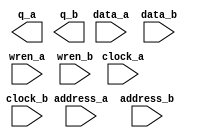
// megafunction wizard: %RAM: 2-PORT%VBB%
// GENERATION: STANDARD
// VERSION: WM1.0
// MODULE: altsyncram 

// ============================================================
// Megafunction Name(s):
// 			altsyncram
//
// Simulation Library Files(s):
// 			altera_mf
// ============================================================
// ************************************************************
// THIS IS A WIZARD-GENERATED FILE. DO NOT EDIT THIS FILE!
//
// 20.1.1 Build 720 11/11/2020 SJ Standard Edition
// ************************************************************

//Copyright (C) 2020  Intel Corporation. All rights reserved.
//Your use of Intel Corporation's design tools, logic functions 
//and other software and tools, and any partner logic 
//functions, and any output files from any of the foregoing 
//(including device programming or simulation files), and any 
//associated documentation or information are expressly subject 
//to the terms and conditions of the Intel Program License 
//Subscription Agreement, the Intel Quartus Prime License Agreement,
//the Intel FPGA IP License Agreement, or other applicable license
//agreement, including, without limitation, that your use is for
//the sole purpose of programming logic devices manufactured by
//Intel and sold by Intel or its authorized distributors.  Please
//refer to the applicable agreement for further details, at
//https://fpgasoftware.intel.com/eula.

module Mem_card_APF (
	address_a,
	address_b,
	clock_a,
	clock_b,
	data_a,
	data_b,
	wren_a,
	wren_b,
	q_a,
	q_b);

	input	[10:0]  address_a;
	input	[10:0]  address_b;
	input	  clock_a;
	input	  clock_b;
	input	[7:0]  data_a;
	input	[7:0]  data_b;
	input	  wren_a;
	input	  wren_b;
	output	[7:0]  q_a;
	output	[7:0]  q_b;
`ifndef ALTERA_RESERVED_QIS
// synopsys translate_off
`endif
	tri1	  clock_a;
	tri0	  wren_a;
	tri0	  wren_b;
`ifndef ALTERA_RESERVED_QIS
// synopsys translate_on
`endif

endmodule

// ============================================================
// CNX file retrieval info
// ============================================================
// Retrieval info: PRIVATE: ADDRESSSTALL_A NUMERIC "0"
// Retrieval info: PRIVATE: ADDRESSSTALL_B NUMERIC "0"
// Retrieval info: PRIVATE: BYTEENA_ACLR_A NUMERIC "0"
// Retrieval info: PRIVATE: BYTEENA_ACLR_B NUMERIC "0"
// Retrieval info: PRIVATE: BYTE_ENABLE_A NUMERIC "0"
// Retrieval info: PRIVATE: BYTE_ENABLE_B NUMERIC "0"
// Retrieval info: PRIVATE: BYTE_SIZE NUMERIC "8"
// Retrieval info: PRIVATE: BlankMemory NUMERIC "1"
// Retrieval info: PRIVATE: CLOCK_ENABLE_INPUT_A NUMERIC "0"
// Retrieval info: PRIVATE: CLOCK_ENABLE_INPUT_B NUMERIC "0"
// Retrieval info: PRIVATE: CLOCK_ENABLE_OUTPUT_A NUMERIC "0"
// Retrieval info: PRIVATE: CLOCK_ENABLE_OUTPUT_B NUMERIC "0"
// Retrieval info: PRIVATE: CLRdata NUMERIC "0"
// Retrieval info: PRIVATE: CLRq NUMERIC "0"
// Retrieval info: PRIVATE: CLRrdaddress NUMERIC "0"
// Retrieval info: PRIVATE: CLRrren NUMERIC "0"
// Retrieval info: PRIVATE: CLRwraddress NUMERIC "0"
// Retrieval info: PRIVATE: CLRwren NUMERIC "0"
// Retrieval info: PRIVATE: Clock NUMERIC "5"
// Retrieval info: PRIVATE: Clock_A NUMERIC "0"
// Retrieval info: PRIVATE: Clock_B NUMERIC "0"
// Retrieval info: PRIVATE: IMPLEMENT_IN_LES NUMERIC "0"
// Retrieval info: PRIVATE: INDATA_ACLR_B NUMERIC "0"
// Retrieval info: PRIVATE: INDATA_REG_B NUMERIC "1"
// Retrieval info: PRIVATE: INIT_FILE_LAYOUT STRING "PORT_A"
// Retrieval info: PRIVATE: INIT_TO_SIM_X NUMERIC "0"
// Retrieval info: PRIVATE: INTENDED_DEVICE_FAMILY STRING "Cyclone V"
// Retrieval info: PRIVATE: JTAG_ENABLED NUMERIC "0"
// Retrieval info: PRIVATE: JTAG_ID STRING "NONE"
// Retrieval info: PRIVATE: MAXIMUM_DEPTH NUMERIC "0"
// Retrieval info: PRIVATE: MEMSIZE NUMERIC "16384"
// Retrieval info: PRIVATE: MEM_IN_BITS NUMERIC "0"
// Retrieval info: PRIVATE: MIFfilename STRING ""
// Retrieval info: PRIVATE: OPERATION_MODE NUMERIC "3"
// Retrieval info: PRIVATE: OUTDATA_ACLR_B NUMERIC "0"
// Retrieval info: PRIVATE: OUTDATA_REG_B NUMERIC "0"
// Retrieval info: PRIVATE: RAM_BLOCK_TYPE NUMERIC "0"
// Retrieval info: PRIVATE: READ_DURING_WRITE_MODE_MIXED_PORTS NUMERIC "2"
// Retrieval info: PRIVATE: READ_DURING_WRITE_MODE_PORT_A NUMERIC "3"
// Retrieval info: PRIVATE: READ_DURING_WRITE_MODE_PORT_B NUMERIC "3"
// Retrieval info: PRIVATE: REGdata NUMERIC "1"
// Retrieval info: PRIVATE: REGq NUMERIC "0"
// Retrieval info: PRIVATE: REGrdaddress NUMERIC "0"
// Retrieval info: PRIVATE: REGrren NUMERIC "0"
// Retrieval info: PRIVATE: REGwraddress NUMERIC "1"
// Retrieval info: PRIVATE: REGwren NUMERIC "1"
// Retrieval info: PRIVATE: SYNTH_WRAPPER_GEN_POSTFIX STRING "0"
// Retrieval info: PRIVATE: USE_DIFF_CLKEN NUMERIC "0"
// Retrieval info: PRIVATE: UseDPRAM NUMERIC "1"
// Retrieval info: PRIVATE: VarWidth NUMERIC "1"
// Retrieval info: PRIVATE: WIDTH_READ_A NUMERIC "8"
// Retrieval info: PRIVATE: WIDTH_READ_B NUMERIC "8"
// Retrieval info: PRIVATE: WIDTH_WRITE_A NUMERIC "8"
// Retrieval info: PRIVATE: WIDTH_WRITE_B NUMERIC "8"
// Retrieval info: PRIVATE: WRADDR_ACLR_B NUMERIC "0"
// Retrieval info: PRIVATE: WRADDR_REG_B NUMERIC "1"
// Retrieval info: PRIVATE: WRCTRL_ACLR_B NUMERIC "0"
// Retrieval info: PRIVATE: enable NUMERIC "0"
// Retrieval info: PRIVATE: rden NUMERIC "0"
// Retrieval info: LIBRARY: altera_mf altera_mf.altera_mf_components.all
// Retrieval info: CONSTANT: ADDRESS_REG_B STRING "CLOCK1"
// Retrieval info: CONSTANT: CLOCK_ENABLE_INPUT_A STRING "BYPASS"
// Retrieval info: CONSTANT: CLOCK_ENABLE_INPUT_B STRING "BYPASS"
// Retrieval info: CONSTANT: CLOCK_ENABLE_OUTPUT_A STRING "BYPASS"
// Retrieval info: CONSTANT: CLOCK_ENABLE_OUTPUT_B STRING "BYPASS"
// Retrieval info: CONSTANT: INDATA_REG_B STRING "CLOCK1"
// Retrieval info: CONSTANT: INTENDED_DEVICE_FAMILY STRING "Cyclone V"
// Retrieval info: CONSTANT: LPM_TYPE STRING "altsyncram"
// Retrieval info: CONSTANT: NUMWORDS_A NUMERIC "2048"
// Retrieval info: CONSTANT: NUMWORDS_B NUMERIC "2048"
// Retrieval info: CONSTANT: OPERATION_MODE STRING "BIDIR_DUAL_PORT"
// Retrieval info: CONSTANT: OUTDATA_ACLR_A STRING "NONE"
// Retrieval info: CONSTANT: OUTDATA_ACLR_B STRING "NONE"
// Retrieval info: CONSTANT: OUTDATA_REG_A STRING "UNREGISTERED"
// Retrieval info: CONSTANT: OUTDATA_REG_B STRING "UNREGISTERED"
// Retrieval info: CONSTANT: POWER_UP_UNINITIALIZED STRING "FALSE"
// Retrieval info: CONSTANT: READ_DURING_WRITE_MODE_PORT_A STRING "NEW_DATA_NO_NBE_READ"
// Retrieval info: CONSTANT: READ_DURING_WRITE_MODE_PORT_B STRING "NEW_DATA_NO_NBE_READ"
// Retrieval info: CONSTANT: WIDTHAD_A NUMERIC "11"
// Retrieval info: CONSTANT: WIDTHAD_B NUMERIC "11"
// Retrieval info: CONSTANT: WIDTH_A NUMERIC "8"
// Retrieval info: CONSTANT: WIDTH_B NUMERIC "8"
// Retrieval info: CONSTANT: WIDTH_BYTEENA_A NUMERIC "1"
// Retrieval info: CONSTANT: WIDTH_BYTEENA_B NUMERIC "1"
// Retrieval info: CONSTANT: WRCONTROL_WRADDRESS_REG_B STRING "CLOCK1"
// Retrieval info: USED_PORT: address_a 0 0 11 0 INPUT NODEFVAL "address_a[10..0]"
// Retrieval info: USED_PORT: address_b 0 0 11 0 INPUT NODEFVAL "address_b[10..0]"
// Retrieval info: USED_PORT: clock_a 0 0 0 0 INPUT VCC "clock_a"
// Retrieval info: USED_PORT: clock_b 0 0 0 0 INPUT NODEFVAL "clock_b"
// Retrieval info: USED_PORT: data_a 0 0 8 0 INPUT NODEFVAL "data_a[7..0]"
// Retrieval info: USED_PORT: data_b 0 0 8 0 INPUT NODEFVAL "data_b[7..0]"
// Retrieval info: USED_PORT: q_a 0 0 8 0 OUTPUT NODEFVAL "q_a[7..0]"
// Retrieval info: USED_PORT: q_b 0 0 8 0 OUTPUT NODEFVAL "q_b[7..0]"
// Retrieval info: USED_PORT: wren_a 0 0 0 0 INPUT GND "wren_a"
// Retrieval info: USED_PORT: wren_b 0 0 0 0 INPUT GND "wren_b"
// Retrieval info: CONNECT: @address_a 0 0 11 0 address_a 0 0 11 0
// Retrieval info: CONNECT: @address_b 0 0 11 0 address_b 0 0 11 0
// Retrieval info: CONNECT: @clock0 0 0 0 0 clock_a 0 0 0 0
// Retrieval info: CONNECT: @clock1 0 0 0 0 clock_b 0 0 0 0
// Retrieval info: CONNECT: @data_a 0 0 8 0 data_a 0 0 8 0
// Retrieval info: CONNECT: @data_b 0 0 8 0 data_b 0 0 8 0
// Retrieval info: CONNECT: @wren_a 0 0 0 0 wren_a 0 0 0 0
// Retrieval info: CONNECT: @wren_b 0 0 0 0 wren_b 0 0 0 0
// Retrieval info: CONNECT: q_a 0 0 8 0 @q_a 0 0 8 0
// Retrieval info: CONNECT: q_b 0 0 8 0 @q_b 0 0 8 0
// Retrieval info: GEN_FILE: TYPE_NORMAL Mem_card_APF.v TRUE
// Retrieval info: GEN_FILE: TYPE_NORMAL Mem_card_APF.inc FALSE
// Retrieval info: GEN_FILE: TYPE_NORMAL Mem_card_APF.cmp FALSE
// Retrieval info: GEN_FILE: TYPE_NORMAL Mem_card_APF.bsf FALSE
// Retrieval info: GEN_FILE: TYPE_NORMAL Mem_card_APF_inst.v FALSE
// Retrieval info: GEN_FILE: TYPE_NORMAL Mem_card_APF_bb.v TRUE
// Retrieval info: LIB_FILE: altera_mf